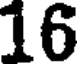
16